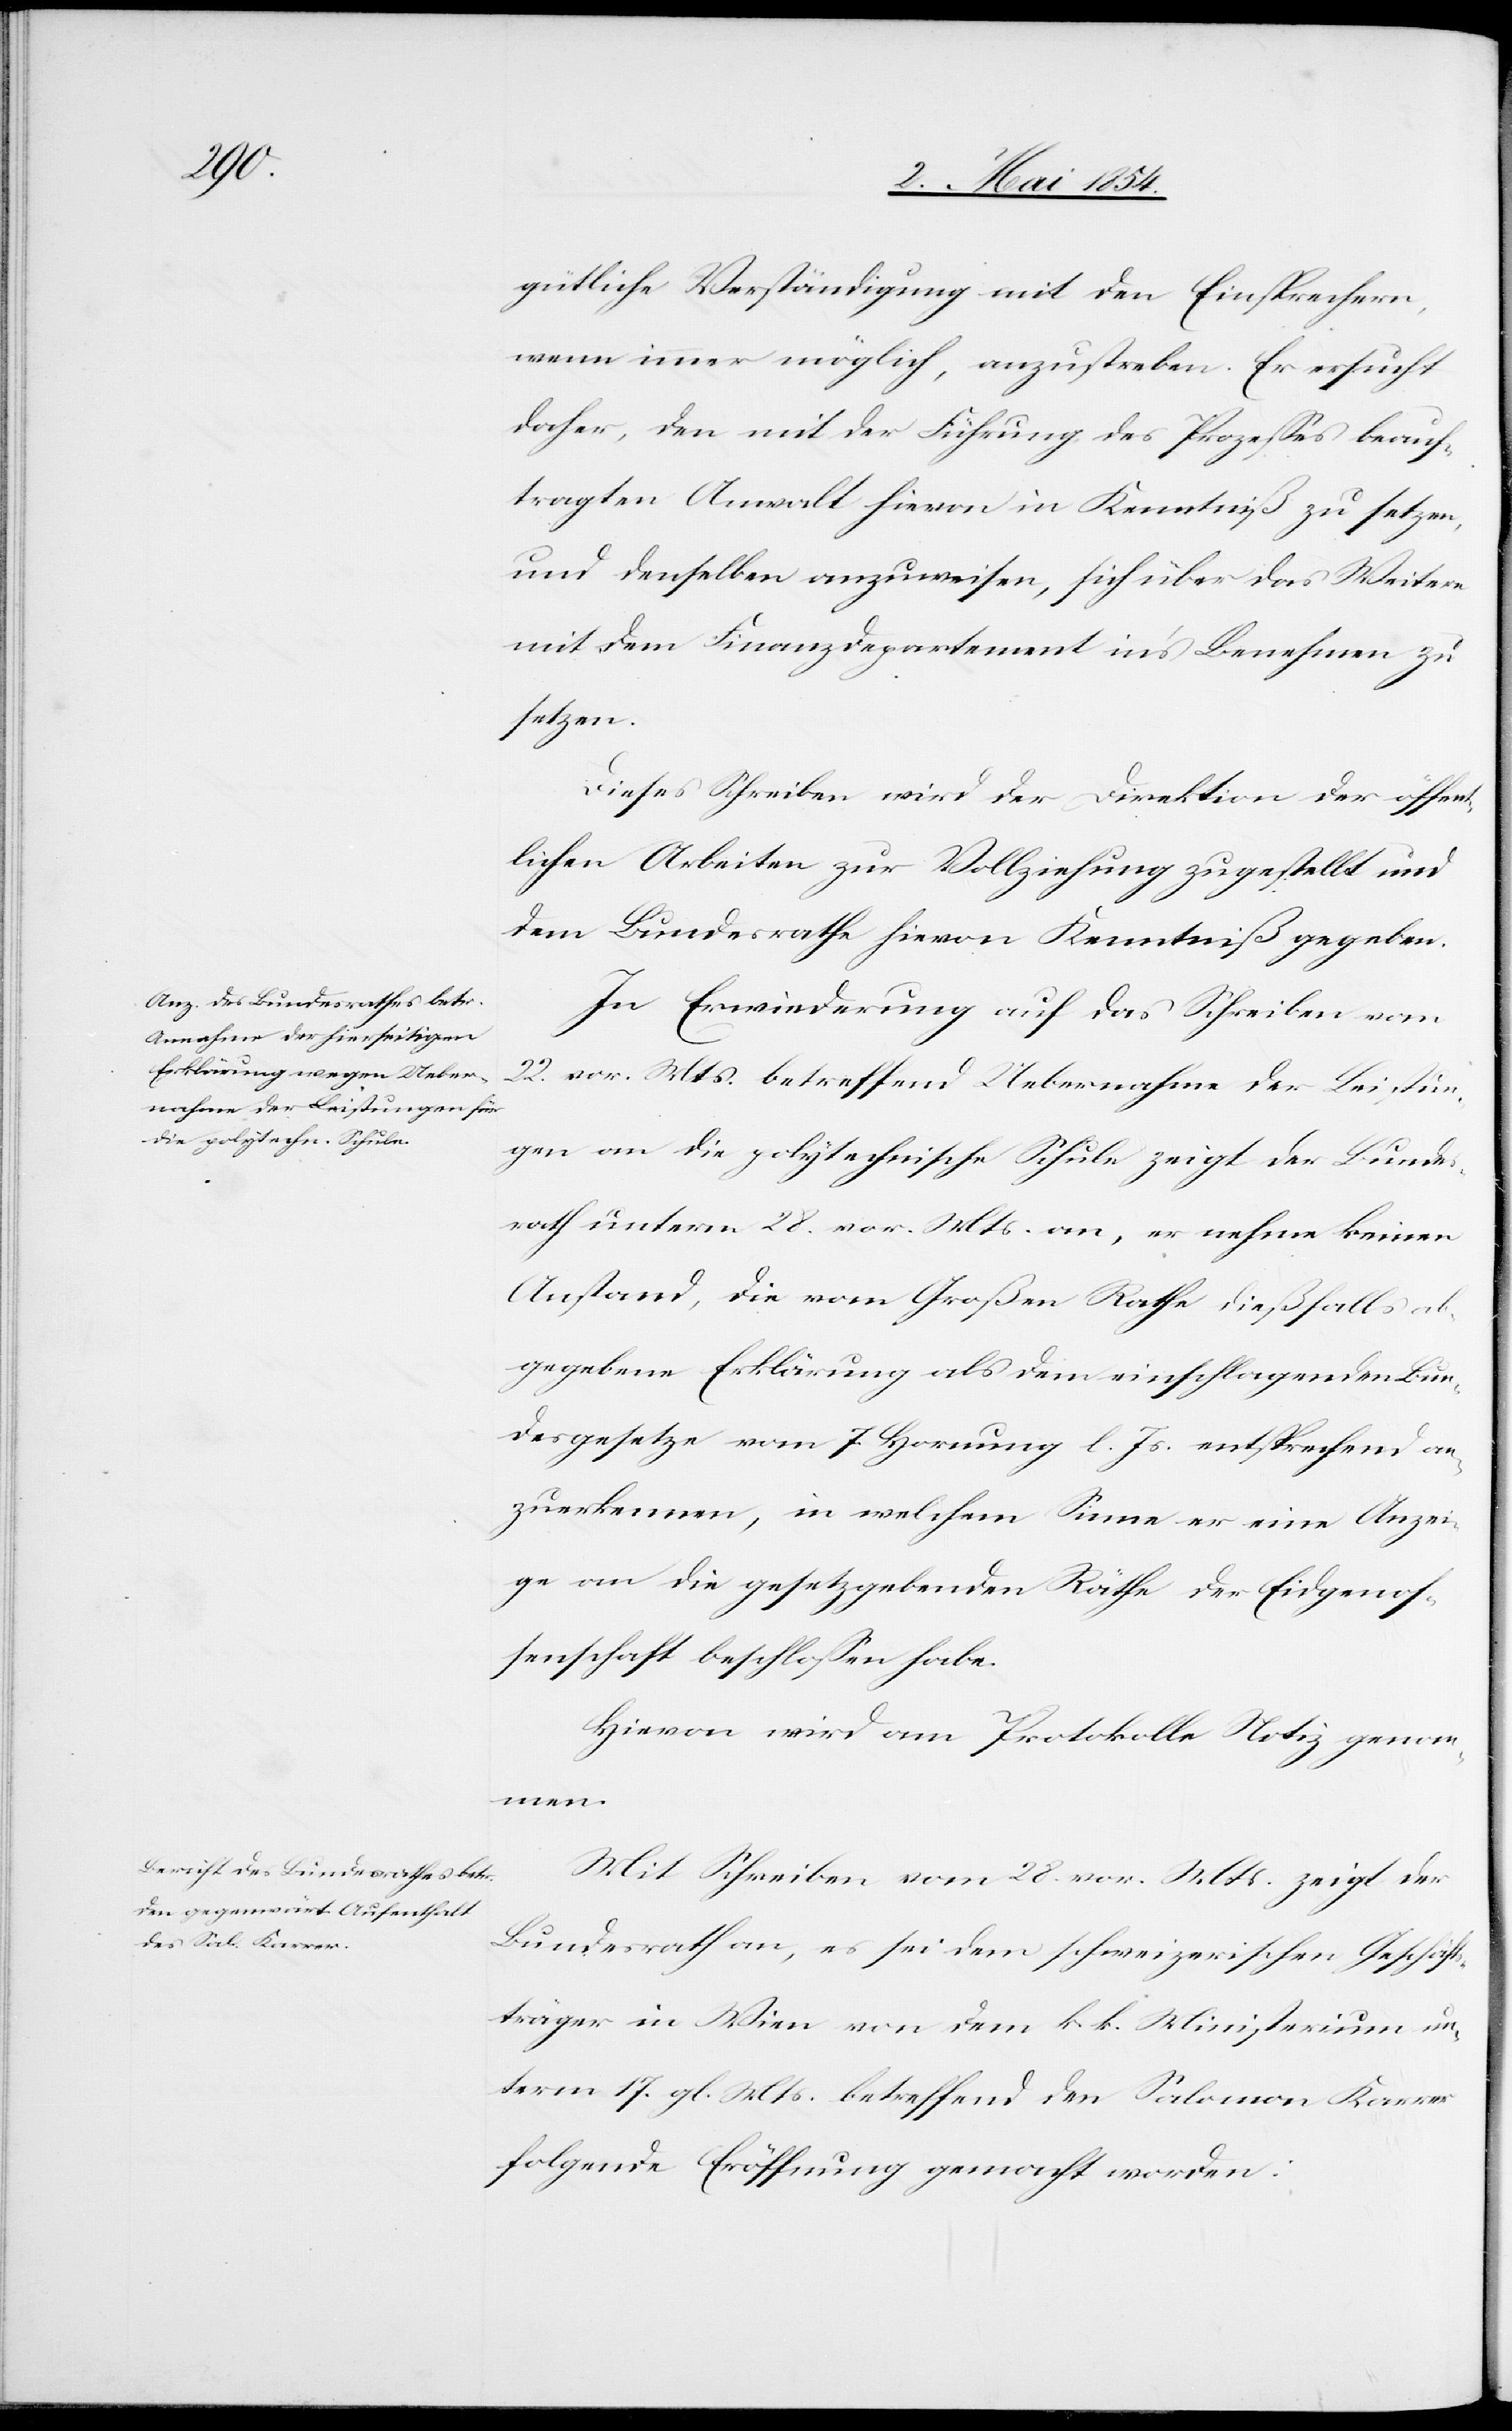
gütliche Verständigung mit den Einsprechern,
wenn immer möglich, anzustreben. Er ersucht
daher, den mit der Führung des Prozeßes beauf¬
tragten Anwalt hievon in Kenntniß zu setzen,
und denselben anzuweisen, sich über das Weitere
mit dem Finanzdepartement in’s Benehmen zu
setzen.
Dieses Schreiben wird der Direktion der öffen¬
tlichen Arbeiten zur Vollziehung zugestellt und
dem Bundesrathe hievon Kenntniß gegeben.
In Erwiederung auf das Schreiben vom
22. vor. Mts betreffend Uebernahme der Leistun¬
gen an die polytechnische Schule zeigt der Bunde¬
srath unterm 28. vor. Mts. an, er nehme keinen
Anstand, die vom Großen Rathe dießfalls ab¬
gegebene Erklärung als dem einschlagenden Bun¬
desgesetze vom 7. Hornung l. Js. entsprechend an¬
zuerkennen, in welchem Sinne er eine Anzei¬
ge an die gesetzgebenden Räthe der Eidgenoß¬
enschaft beschloßen habe.
Hievon wird am Protokolle Notiz genomm¬
en.
Mit Schreiben vom 28. vor. Mts. zeigt der
Bundesrath an, es sei dem schweizerischen Geschäfts¬
träger in Wien von dem k. k. Ministerium un¬
term 17. gl. Mts. betreffend den Salomon Karrer
folgende Eröffnung gemacht worden: